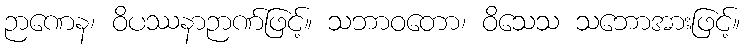
ဉာဏေန၊ ဝိပဿနာဉာဏ်ဖြင့်။ သဘာဝတော၊ ဝိသေသ သဘောအားဖြင့်။